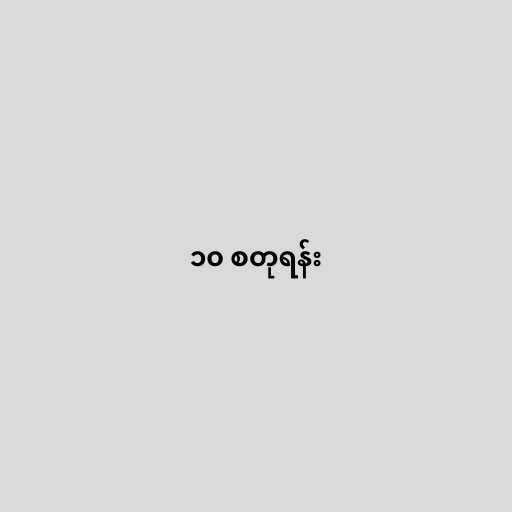
၁၀ စတုရန်း